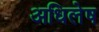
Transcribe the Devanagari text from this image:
अधिलेष